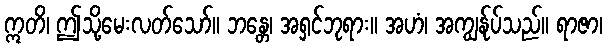
ဣတိ၊ ဤသို့မေးလတ်သော်။ ဘန္တေ၊ အရှင်ဘုရား။ အဟံ၊ အကျွန်ုပ်သည်။ ရာဇာ၊